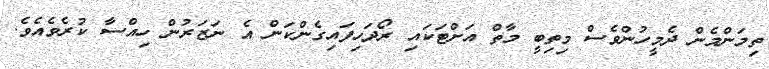
ތިމަންމެން ދެމީހުންވެސް މިތިބީ މާތް އަށްޓަކައި ރޯދަހިފައިގެންކަން އެ ނަޒަރުން ހިއްސާ ކުރެވެއެވެ.